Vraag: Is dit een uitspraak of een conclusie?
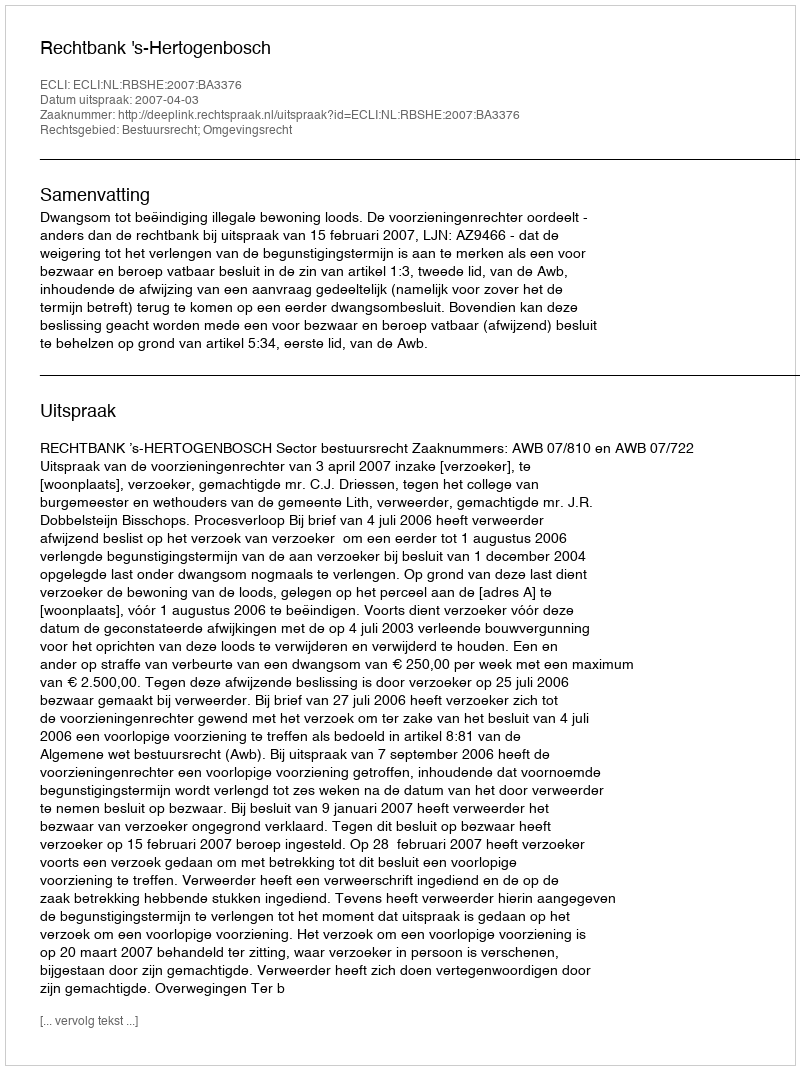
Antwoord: Uitspraak